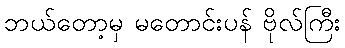
ဘယ်တော့မှ မတောင်းပန် ဗိုလ်ကြီး